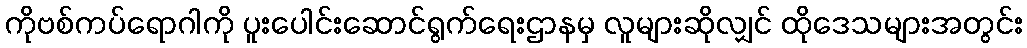
ကိုဗစ်ကပ်ရောဂါကို ပူးပေါင်းဆောင်ရွက်ရေးဌာနမှ လူများဆိုလျှင် ထိုဒေသများအတွင်း